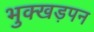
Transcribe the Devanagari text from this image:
भुक्खड़पन